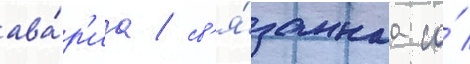
ава́р'иа / св'я́заннаа со́